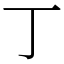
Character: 丁